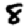
Digit: 8